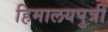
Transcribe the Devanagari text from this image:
हिमालयपुत्री